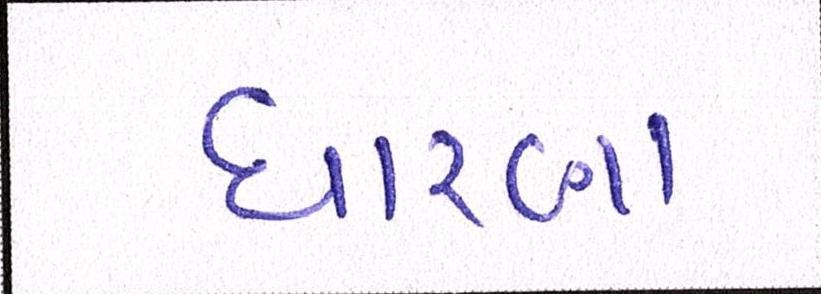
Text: ધારણા